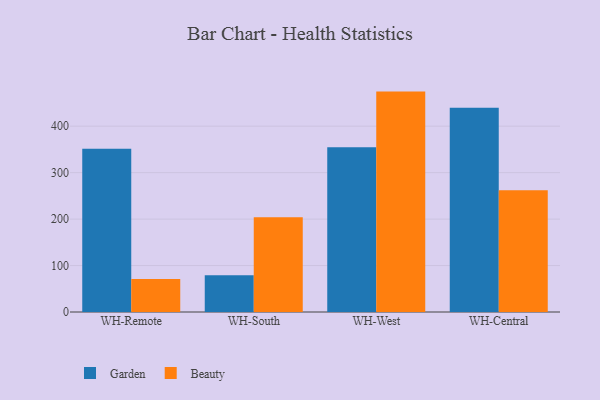
{"axis": {"x": "Warehouse", "y": "Latency (ms)"}, "legend": ["Beauty", "Garden"], "data": [{"x": "WH-Remote", "y": 351.4, "type": "Garden"}, {"x": "WH-Remote", "y": 71.0, "type": "Beauty"}, {"x": "WH-South", "y": 79.1, "type": "Garden"}, {"x": "WH-South", "y": 203.9, "type": "Beauty"}, {"x": "WH-West", "y": 354.7, "type": "Garden"}, {"x": "WH-West", "y": 474.5, "type": "Beauty"}, {"x": "WH-Central", "y": 439.7, "type": "Garden"}, {"x": "WH-Central", "y": 262.0, "type": "Beauty"}]}